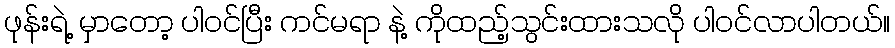
ဖုန်းရဲ့ မှာတော့ ပါဝင်ပြီး ကင်မရာ နဲ့ ကိုထည့်သွင်းထားသလို ပါဝင်လာပါတယ်။